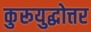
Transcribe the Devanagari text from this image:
कुरूयुद्धोत्तर